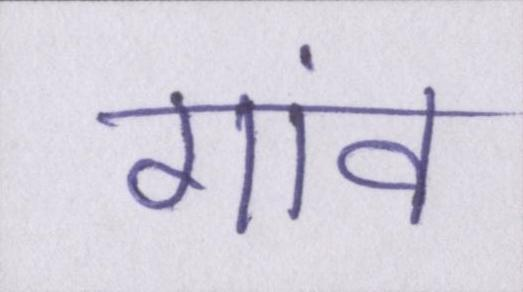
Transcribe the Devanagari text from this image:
गांव